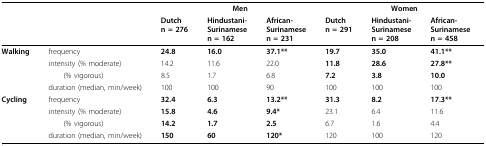
|  |  | <COLSPAN=3> Men | <COLSPAN=3> Women |
 |  |  | Dutchn = 276 | Hindustani-Surinamesen = 162 | African-Surinamesen = 231 | Dutchn = 291 | Hindustani-Surinamesen = 208 | African-Surinamesen = 458 |
 | --- | --- | --- | --- | --- | --- | --- | --- |
 | Walking | frequency | 24.8 | 16.0 | 37.1** | 19.7 | 35.0 | 41.1** |
 |  | intensity (% moderate) | 14.2 | 11.6 | 22.0 | 11.8 | 28.6 | 27.8** |
 |  | (% vigorous) | 8.5 | 1.7 | 6.8 | 7.2 | 3.8 | 10.0 |
 |  | duration (median, min/week) | 100 | 100 | 90 | 100 | 100 | 100 |
 | Cycling | frequency | 32.4 | 6.3 | 13.2** | 31.3 | 8.2 | 17.3** |
 |  | intensity (% moderate) | 15.8 | 4.6 | 9.4* | 23.1 | 6.4 | 11.6 |
 |  | (% vigorous) | 14.2 | 1.7 | 2.5 | 6.7 | 1.6 | 4.4 |
 |  | duration (median, min/week) | 150 | 60 | 120* | 120 | 100 | 120 |